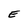
Character: E